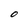
Character: O